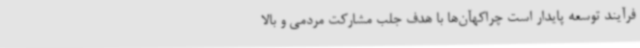
فرآیند توسعه پایدار است چراکهآن‌ها با هدف جلب مشارکت مردمی و بالا